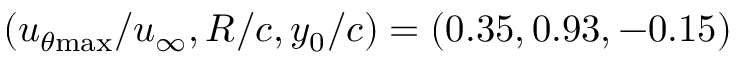
( u _ { \theta \mathrm { { m a x } } } / u _ { \infty } , R / c , y _ { 0 } / c ) = ( 0 . 3 5 , 0 . 9 3 , - 0 . 1 5 )